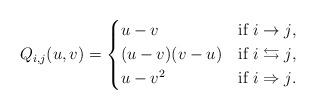
LaTeX: \begin{align*} Q_{i,j}(u,v) = \begin{cases*} u-v & if $i\to j$,\\ (u-v)(v-u) & if $i\leftrightarrows j$,\\ u-v^2 & if $i\Rightarrow j$. \end{cases*} \end{align*}